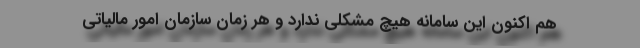
هم اکنون این سامانه هیچ مشکلی ندارد و هر زمان سازمان امور مالیاتی